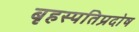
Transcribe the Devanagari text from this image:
बृहस्पतिप्रदोष